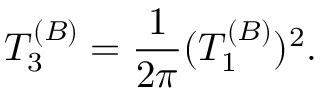
T _ { 3 } ^ { ( B ) } = { \frac { 1 } { 2 \pi } } ( T _ { 1 } ^ { ( B ) } ) ^ { 2 } .